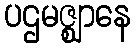
ပဌမဇ္ဈာနေ